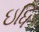
ઇધિ